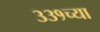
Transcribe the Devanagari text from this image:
३३१च्या